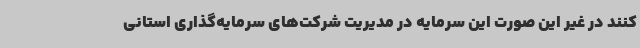
کنند در غیر این صورت این سرمایه در مدیریت شرکت‌های سرمایه‌گذاری استانی